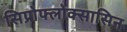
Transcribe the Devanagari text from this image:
सिप्रोफ्लोक्सासिन